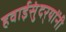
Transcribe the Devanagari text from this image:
हवाईसुंदर्‍यांंनी